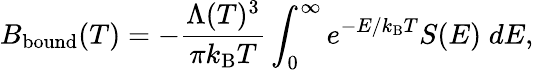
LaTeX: B_{\mathrm{bound}}(T)=-\frac{\Lambda(T)^{3}}{\pi k_{\mathrm{B}}T}\int_{0}^{\infty}e^{-E/k_{\mathrm{B}}T}S(E)\; dE,